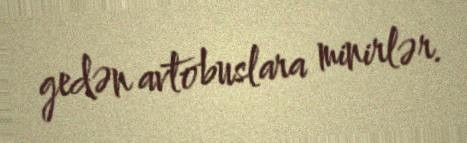
gedən avtobuslara minirlər.